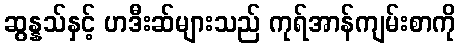
ဆွန္နသ်နှင့် ဟဒီးဆ်များသည် ကုရ်အာန်ကျမ်းစာကို